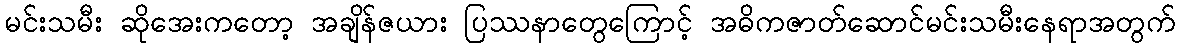
မင်းသမီး ဆိုအေးကတော့ အချိန်ဇယား ပြဿနာတွေကြောင့် အဓိကဇာတ်ဆောင်မင်းသမီးနေရာအတွက်